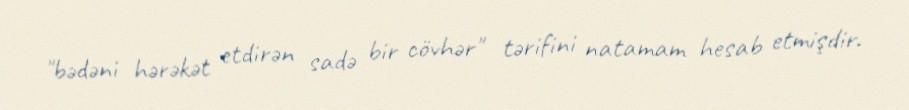
"bədəni hərəkət etdirən sadə bir cövhər" tərifini natamam hesab etmişdir.